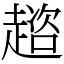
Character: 趦